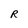
Character: R